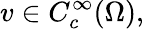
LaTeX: v\in C_{c}^{\infty}(\Omega),